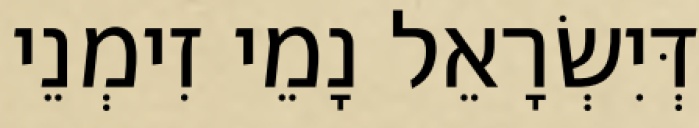
דְּיִשְׂרָאֵל נָמֵי זִימְנֵי